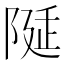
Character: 𨺘